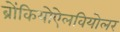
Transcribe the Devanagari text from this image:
ब्रोंकियोऐलवियोलर